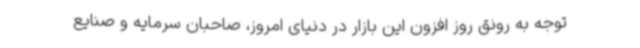
توجه به رونق روز افزون این بازار در دنیای امروز، صاحبان سرمایه و صنایع